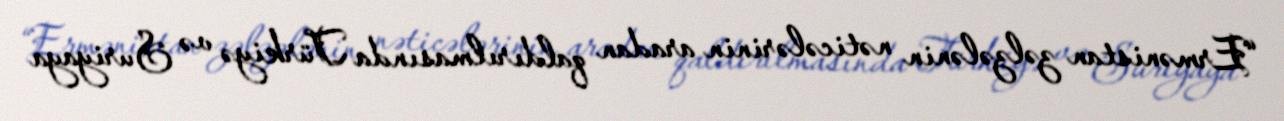
“Ermənistan zəlzələnin nəticələrinin aradan qaldırılmasında Türkiyə və Suriyaya